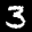
Label: 3